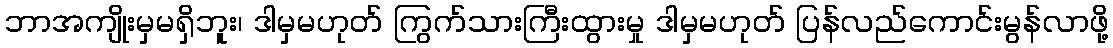
ဘာအကျိုးမှမရှိဘူး၊ ဒါမှမဟုတ် ကြွက်သားကြီးထွားမှု ဒါမှမဟုတ် ပြန်လည်ကောင်းမွန်လာဖို့